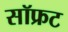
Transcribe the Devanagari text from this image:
सॉफ्रट